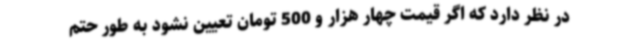
در نظر دارد که اگر قیمت چهار هزار و 500 تومان تعیین نشود به طور حتم